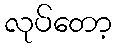
လုပ်တော့